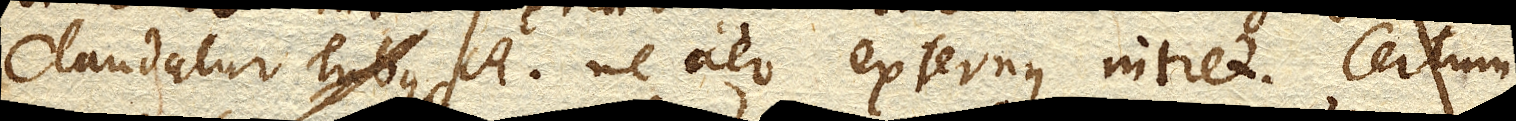
Claudatur Tubus A. ne aer externus intret. Certum